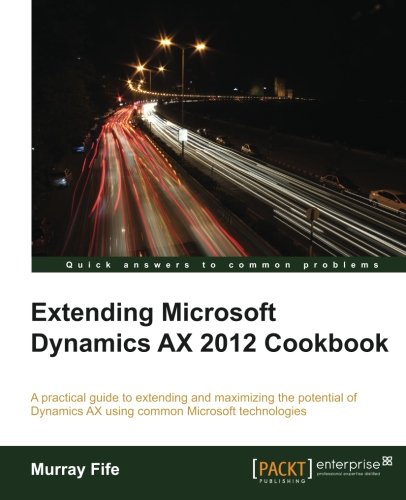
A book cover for Extending Microsoft Dynamics AX 2012 Cookbook; Murray Fife; Computers & Technology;